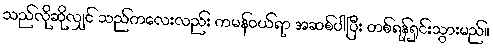
သည်လိုဆိုလျှင် သည်ကလေးလည်း ကမန်ဝယ်ရာ အဆစ်ပါပြီး တစ်ရန်ရှင်းသွားမည်။